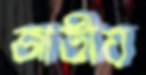
জাতীয়